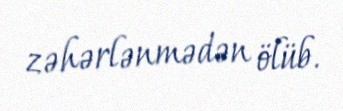
zəhərlənmədən ölüb.